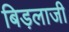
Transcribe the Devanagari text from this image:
बिड़लाजी